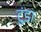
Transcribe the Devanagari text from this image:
टुंडा